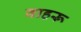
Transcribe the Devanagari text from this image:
वाहरू